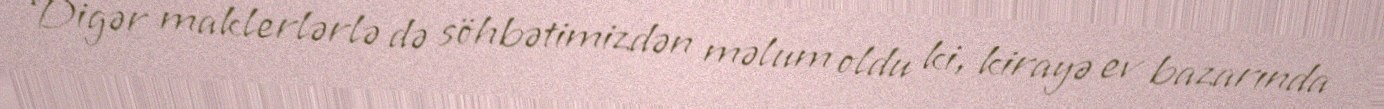
Digər maklerlərlə də söhbətimizdən məlum oldu ki, kirayə ev bazarında